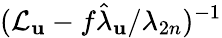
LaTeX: (\mathcal{L}_{\mathbf u}-f\hat{\lambda}_{\mathbf u}/\lambda_{2n})^{-1}